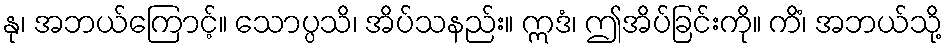
နု၊ အဘယ်ကြောင့်။ သောပ္ပသိ၊ အိပ်သနည်း။ ဣဒံ၊ ဤအိပ်ခြင်းကို။ ကိံ၊ အဘယ်သို့